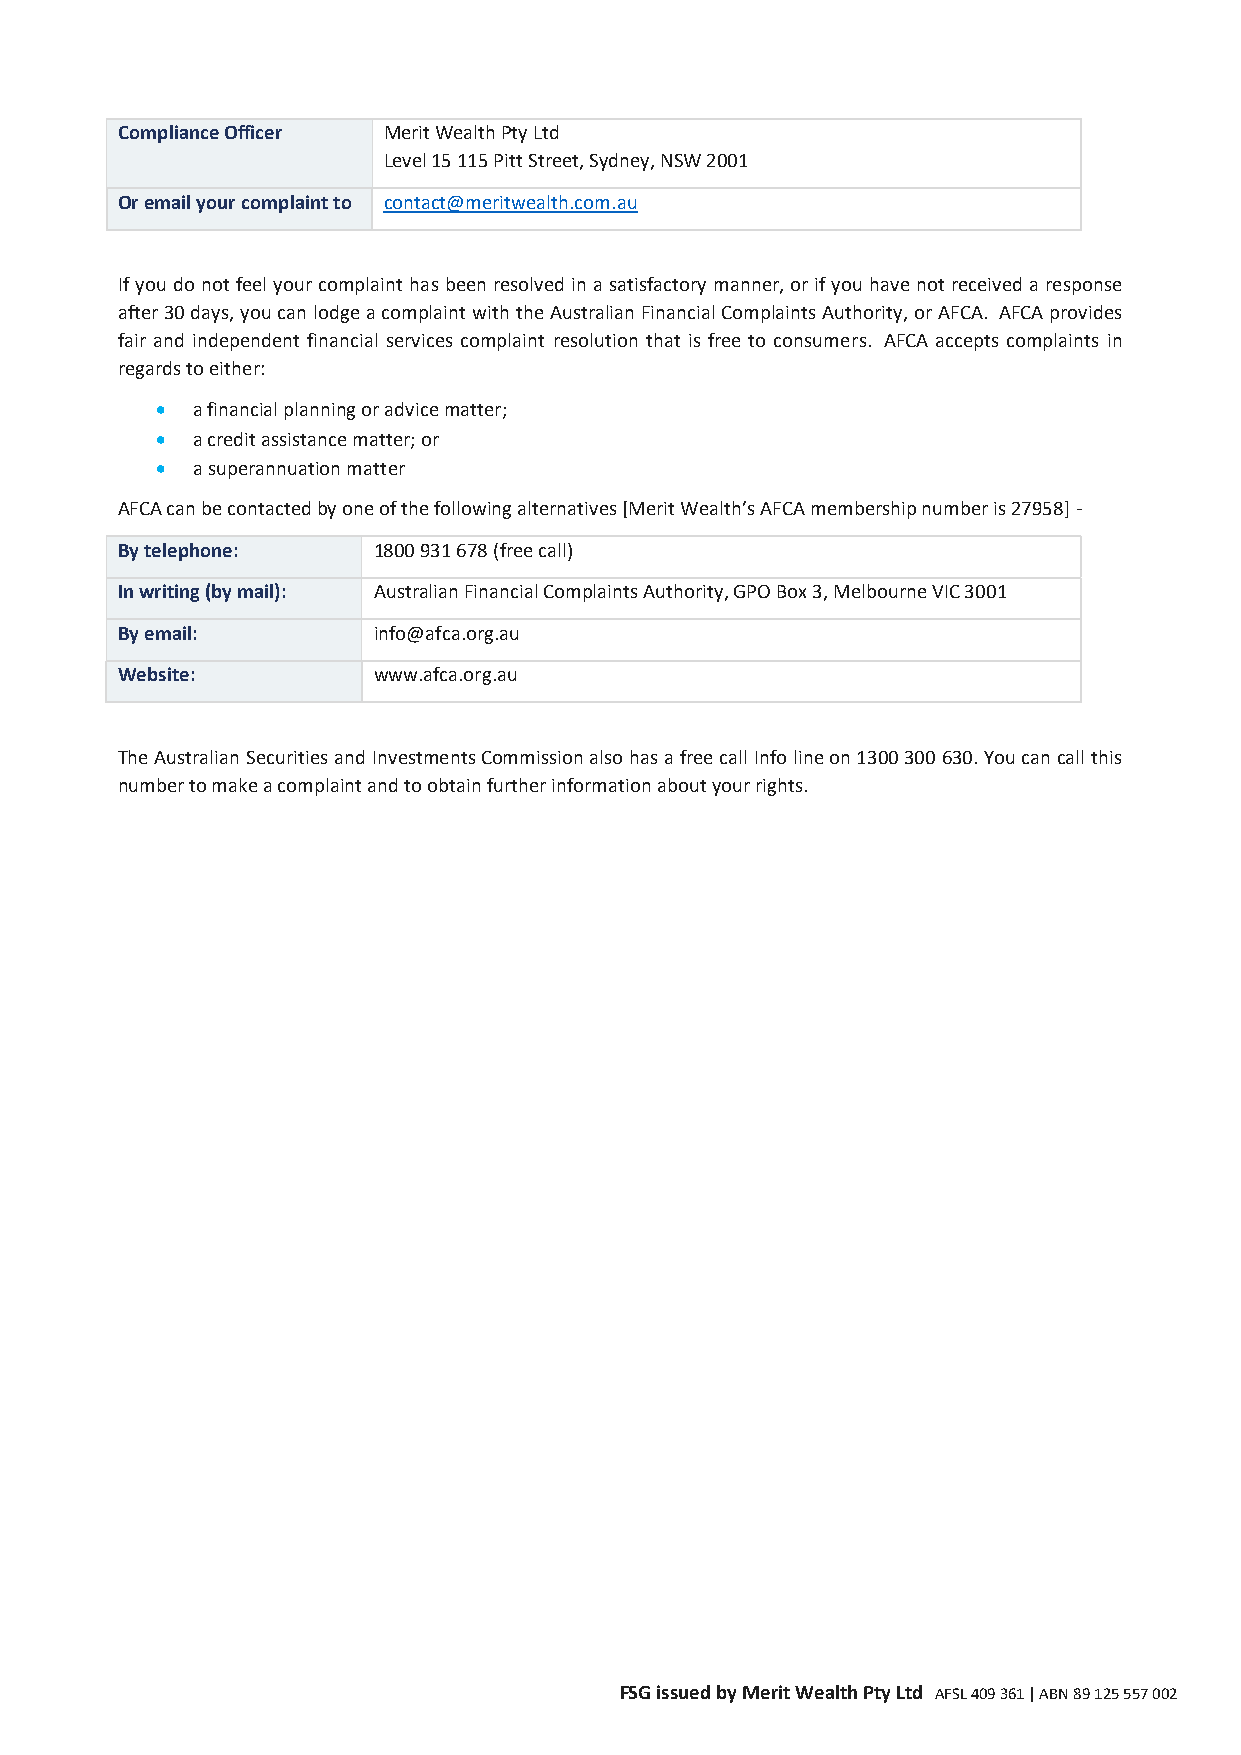
Compliance Officer Merit Wealth Pty Ltd
 Level 15 115 Pitt Street, Sydney, NSW 2001
 Or email your complaint to contact@meritwealth.com.au
 If you do not feel your complaint has been resolved in a satisfactory manner, or if you have not received a response
 after 30 days, you can lodge a complaint with the Australian Financial Complaints Authority, or AFCA. AFCA provides
 fair and independent financial services complaint resolution that is free to consumers. AFCA accepts complaints in
 regards to either:
   a financial planning or advice matter;
   a credit assistance matter; or
   a superannuation matter
 AFCA can be contacted by one of the following alternatives [Merit Wealth’s AFCA membership number is 27958] -
 By telephone:    1800 931 678 (free call)
 In writing (by mail): Australian Financial Complaints Authority, GPO Box 3, Melbourne VIC 3001
 By email:        info@afca.org.au
 Website:         www.afca.org.au
 The Australian Securities and Investments Commission also has a free call Info line on 1300 300 630. You can call this
 number to make a complaint and to obtain further information about your rights.
 FSG issued by Merit Wealth Pty Ltd AFSL 409 361 | ABN 89 125 557 002